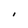
Character: I